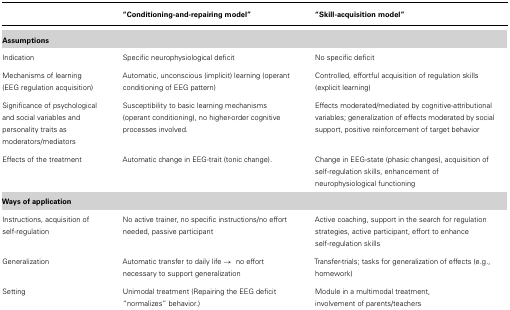
<table><thead><tr><td></td><td><b>“Conditioning-and-repairing model”</b></td><td><b>“Skill-acquisition model”</b></td></tr></thead><tbody><tr><td><b>Assumptions</b></td><td></td><td></td></tr><tr><td>Indication</td><td>Specific neurophysiological deficit</td><td>No specific deficit</td></tr><tr><td>Mechanisms of learning(EEG regulation acquisition)</td><td>Automatic, unconscious (implicit) learning (operant conditioning of EEG pattern)</td><td>Controlled, effortful acquisition of regulation skills (explicit learning)</td></tr><tr><td>Significance of psychological and social variables and personality traits as moderators/mediators</td><td>Susceptibility to basic learning mechanisms (operant conditioning), no higher-order cognitive processes involved.</td><td>Effects moderated/mediated by cognitive-attributional variables; generalization of effects moderated by social support, positive reinforcement of target behavior</td></tr><tr><td>Effects of the treatment</td><td>Automatic change in EEG-trait (tonic change).</td><td>Change in EEG-state (phasic changes), acquisition of self-regulation skills, enhancement of neurophysiological functioning</td></tr><tr><td><b>Ways of application</b></td><td></td><td></td></tr><tr><td>Instructions, acquisition of self-regulation</td><td>No active trainer, no specific instructions/no effort needed, passive participant</td><td>Active coaching, support in the search for regulation strategies, active participant, effort to enhance self-regulation skills</td></tr><tr><td>Generalization</td><td>Automatic transfer to daily life → no effort necessary to support generalization</td><td>Transfer-trials; tasks for generalization of effects (e.g., homework)</td></tr><tr><td>Setting</td><td>Unimodal treatment (Repairing the EEG deficit “normalizes” behavior.)</td><td>Module in a multimodal treatment,involvement of parents/teachers</td></tr></tbody></table>